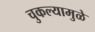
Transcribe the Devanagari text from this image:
चुकल्यामुळे